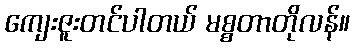
ကျေးဇူးတင်ပါတယ် မစ္စတာတိုလန်။